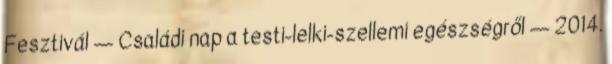
Fesztivál — Családi nap a testi-lelki-szellemi egészségről — 2014.